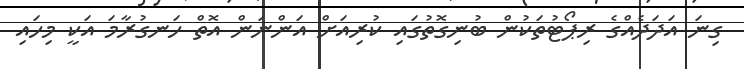
ގިނަ އަދަދެއްގެ ރިޕޯޓުތަކުން ބުނިގޮތުގައި ކުރިއަށް އަންނަން އޮތް ހަނގުރާމަ އަކީ މިހައި